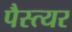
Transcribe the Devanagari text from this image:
पैस्त्यर